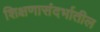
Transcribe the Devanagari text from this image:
शिक्षणासंदर्भातील